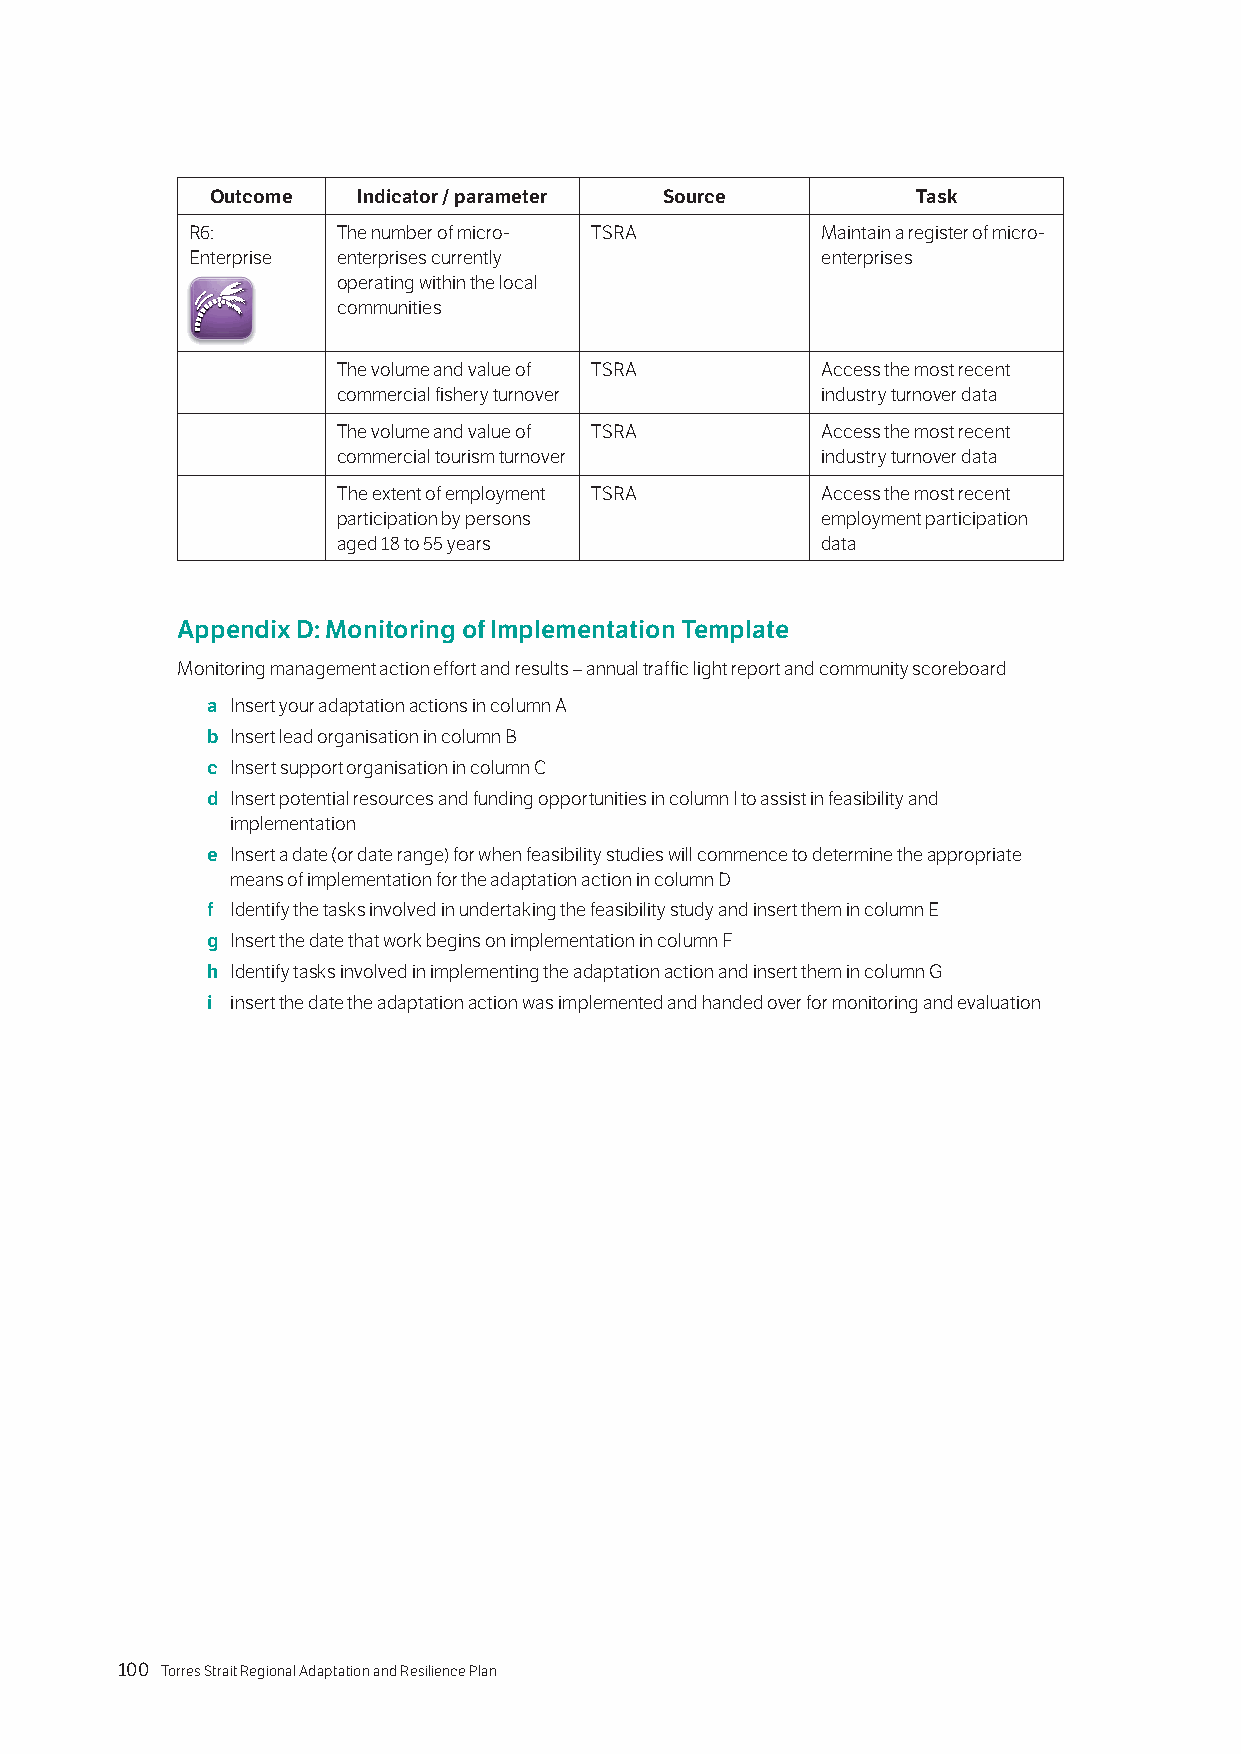
References
 Outcome   Indicator / parameter Source         Task
 R6:      The number of micro- TSRA       Maintain a register of micro-
 Enterprise enterprises currently         enterprises
 operating within the local
 communities
 The volume and value of TSRA    Access the most recent
 commercial fishery turnover     industry turnover data
 The volume and value of TSRA    Access the most recent
 commercial tourism turnover     industry turnover data
 The extent of employment TSRA   Access the most recent
 participation by persons        employment participation
 aged 18 to 55 years             data
 Appendix D: Monitoring of Implementation Template
 Monitoring management action effort and results – annual traffic light report and community scoreboard
 a Insert your adaptation actions in column A
 b Insert lead organisation in column B
 c Insert support organisation in column C
 d Insert potential resources and funding opportunities in column I to assist in feasibility and
 implementation
 e Insert a date (or date range) for when feasibility studies will commence to determine the appropriate
 means of implementation for the adaptation action in column D
 f Identify the tasks involved in undertaking the feasibility study and insert them in column E
 g Insert the date that work begins on implementation in column F
 h Identify tasks involved in implementing the adaptation action and insert them in column G
 i insert the date the adaptation action was implemented and handed over for monitoring and evaluation
 100 Torres Strait Regional Adaptation and Resilience Plan